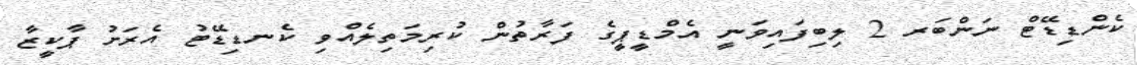
ކެންޑިޑޭޓް ނަންބަރ 2 ލިބިފައިވަނީ އެމްޑީޕީގެ ފަރާތުން ކުރިމަތިލެއްވި ކެނޑިޑޭޓު އެރަށު ޕާކީޒާ